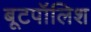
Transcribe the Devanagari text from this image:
बूटपॉलिश